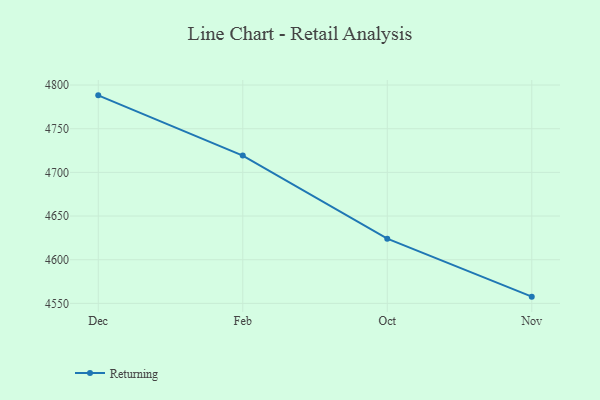
{"axis": {"x": "Month", "y": "Tickets Resolved"}, "legend": ["Returning"], "data": [{"x": "Dec", "y": 4788.2, "type": "Returning"}, {"x": "Feb", "y": 4719.2, "type": "Returning"}, {"x": "Oct", "y": 4624.1, "type": "Returning"}, {"x": "Nov", "y": 4557.7, "type": "Returning"}]}